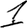
Digit: 1